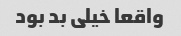
واقعا خیلی بد بود